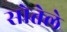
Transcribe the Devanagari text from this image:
सोतेले